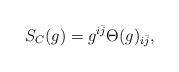
LaTeX: \begin{align*}S_C(g)=g^{i\bar{j}}\Theta(g)_{i\bar{j}},\end{align*}